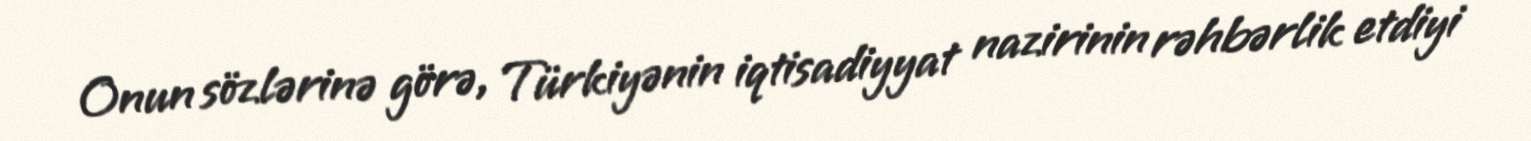
Onun sözlərinə görə, Türkiyənin iqtisadiyyat nazirinin rəhbərlik etdiyi